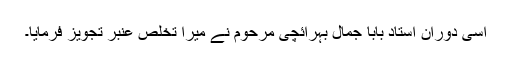
اسی دوران استاد بابا جمال ؔبہرائچی مرحوم نے میرا تخلص عنبرؔ تجویز فرمایا۔